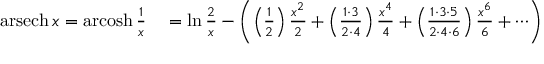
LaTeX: \begin{array} { r l } { \operatorname { a r s e c h } x = \operatorname { a r c o s h } { \frac { 1 } { x } } } & { { } = \ln { \frac { 2 } { x } } - \left( \left( { \frac { 1 } { 2 } } \right) { \frac { x ^ { 2 } } { 2 } } + \left( { \frac { 1 \cdot 3 } { 2 \cdot 4 } } \right) { \frac { x ^ { 4 } } { 4 } } + \left( { \frac { 1 \cdot 3 \cdot 5 } { 2 \cdot 4 \cdot 6 } } \right) { \frac { x ^ { 6 } } { 6 } } + \cdots \right) } \end{array}